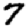
Digit: 7